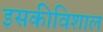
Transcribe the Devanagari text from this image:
इसकीविशाल